Annual report of the Imperial Bacteriological Laboratory, Muktesar
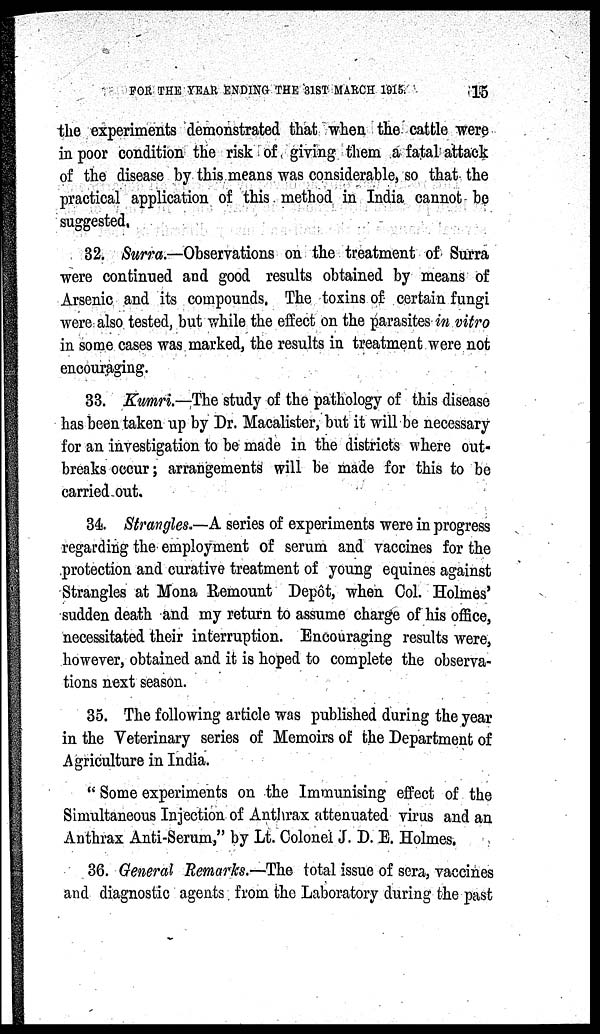
FOR THE YEAR ENDING THE 31ST MARCH 1915.
15
the experiments demonstrated that when the cattle were
in poor condition the risk of giving them a fatal attack
of the disease by this means was considerable, so that the
practical application of this method in India cannot be
suggested.
32. Surra.—Observations on the treatment of Surra
were continued and good results obtained by means of
Arsenic and its compounds. The toxins of certain fungi
were also tested, but while the effect on the parasites in vitro
in some cases was marked, the results in treatment were not
encouraging.
33. Kumri.—The study of the pathology of this disease
has been taken up by Dr. Macalister, but it will be necessary
for an investigation to be made in the districts where out-
breaks occur; arrangements will be made for this to be
carried out.
34. Strangles.—A series of experiments were in progress
regarding the employment of serum and vaccines for the
protection and curative treatment of young equines against
Strangles at Mona Remount Depôt, when Col. Holmes'
sudden death and my return to assume charge of his office,
necessitated their interruption. Encouraging results were,
however, obtained and it is hoped to complete the observa-
tions next season.
35. The following article was published during the year
in the Veterinary series of Memoirs of the Department of
Agriculture in India.
" Some experiments on the Immunising effect of the
Simultaneous Injection of Anthrax attenuated virus and an
Anthrax Anti-Serum," by Lt. Colonel J. D. E. Holmes.
36. General Remarks.—The total issue of sera, vaccines
and diagnostic agents from the Laboratory during the past